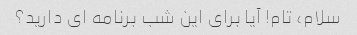
سلام، تام! آیا برای این شب برنامه ای دارید؟